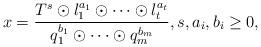
LaTeX: \begin{align*}x=\frac{T^s\odot l_1^{a_1}\odot \cdots \odot l_t^{a_t} }{ q_1^{b_1}\odot \cdots \odot q_m^{b_m}}, s,a_i,b_i \geq 0, \end{align*}